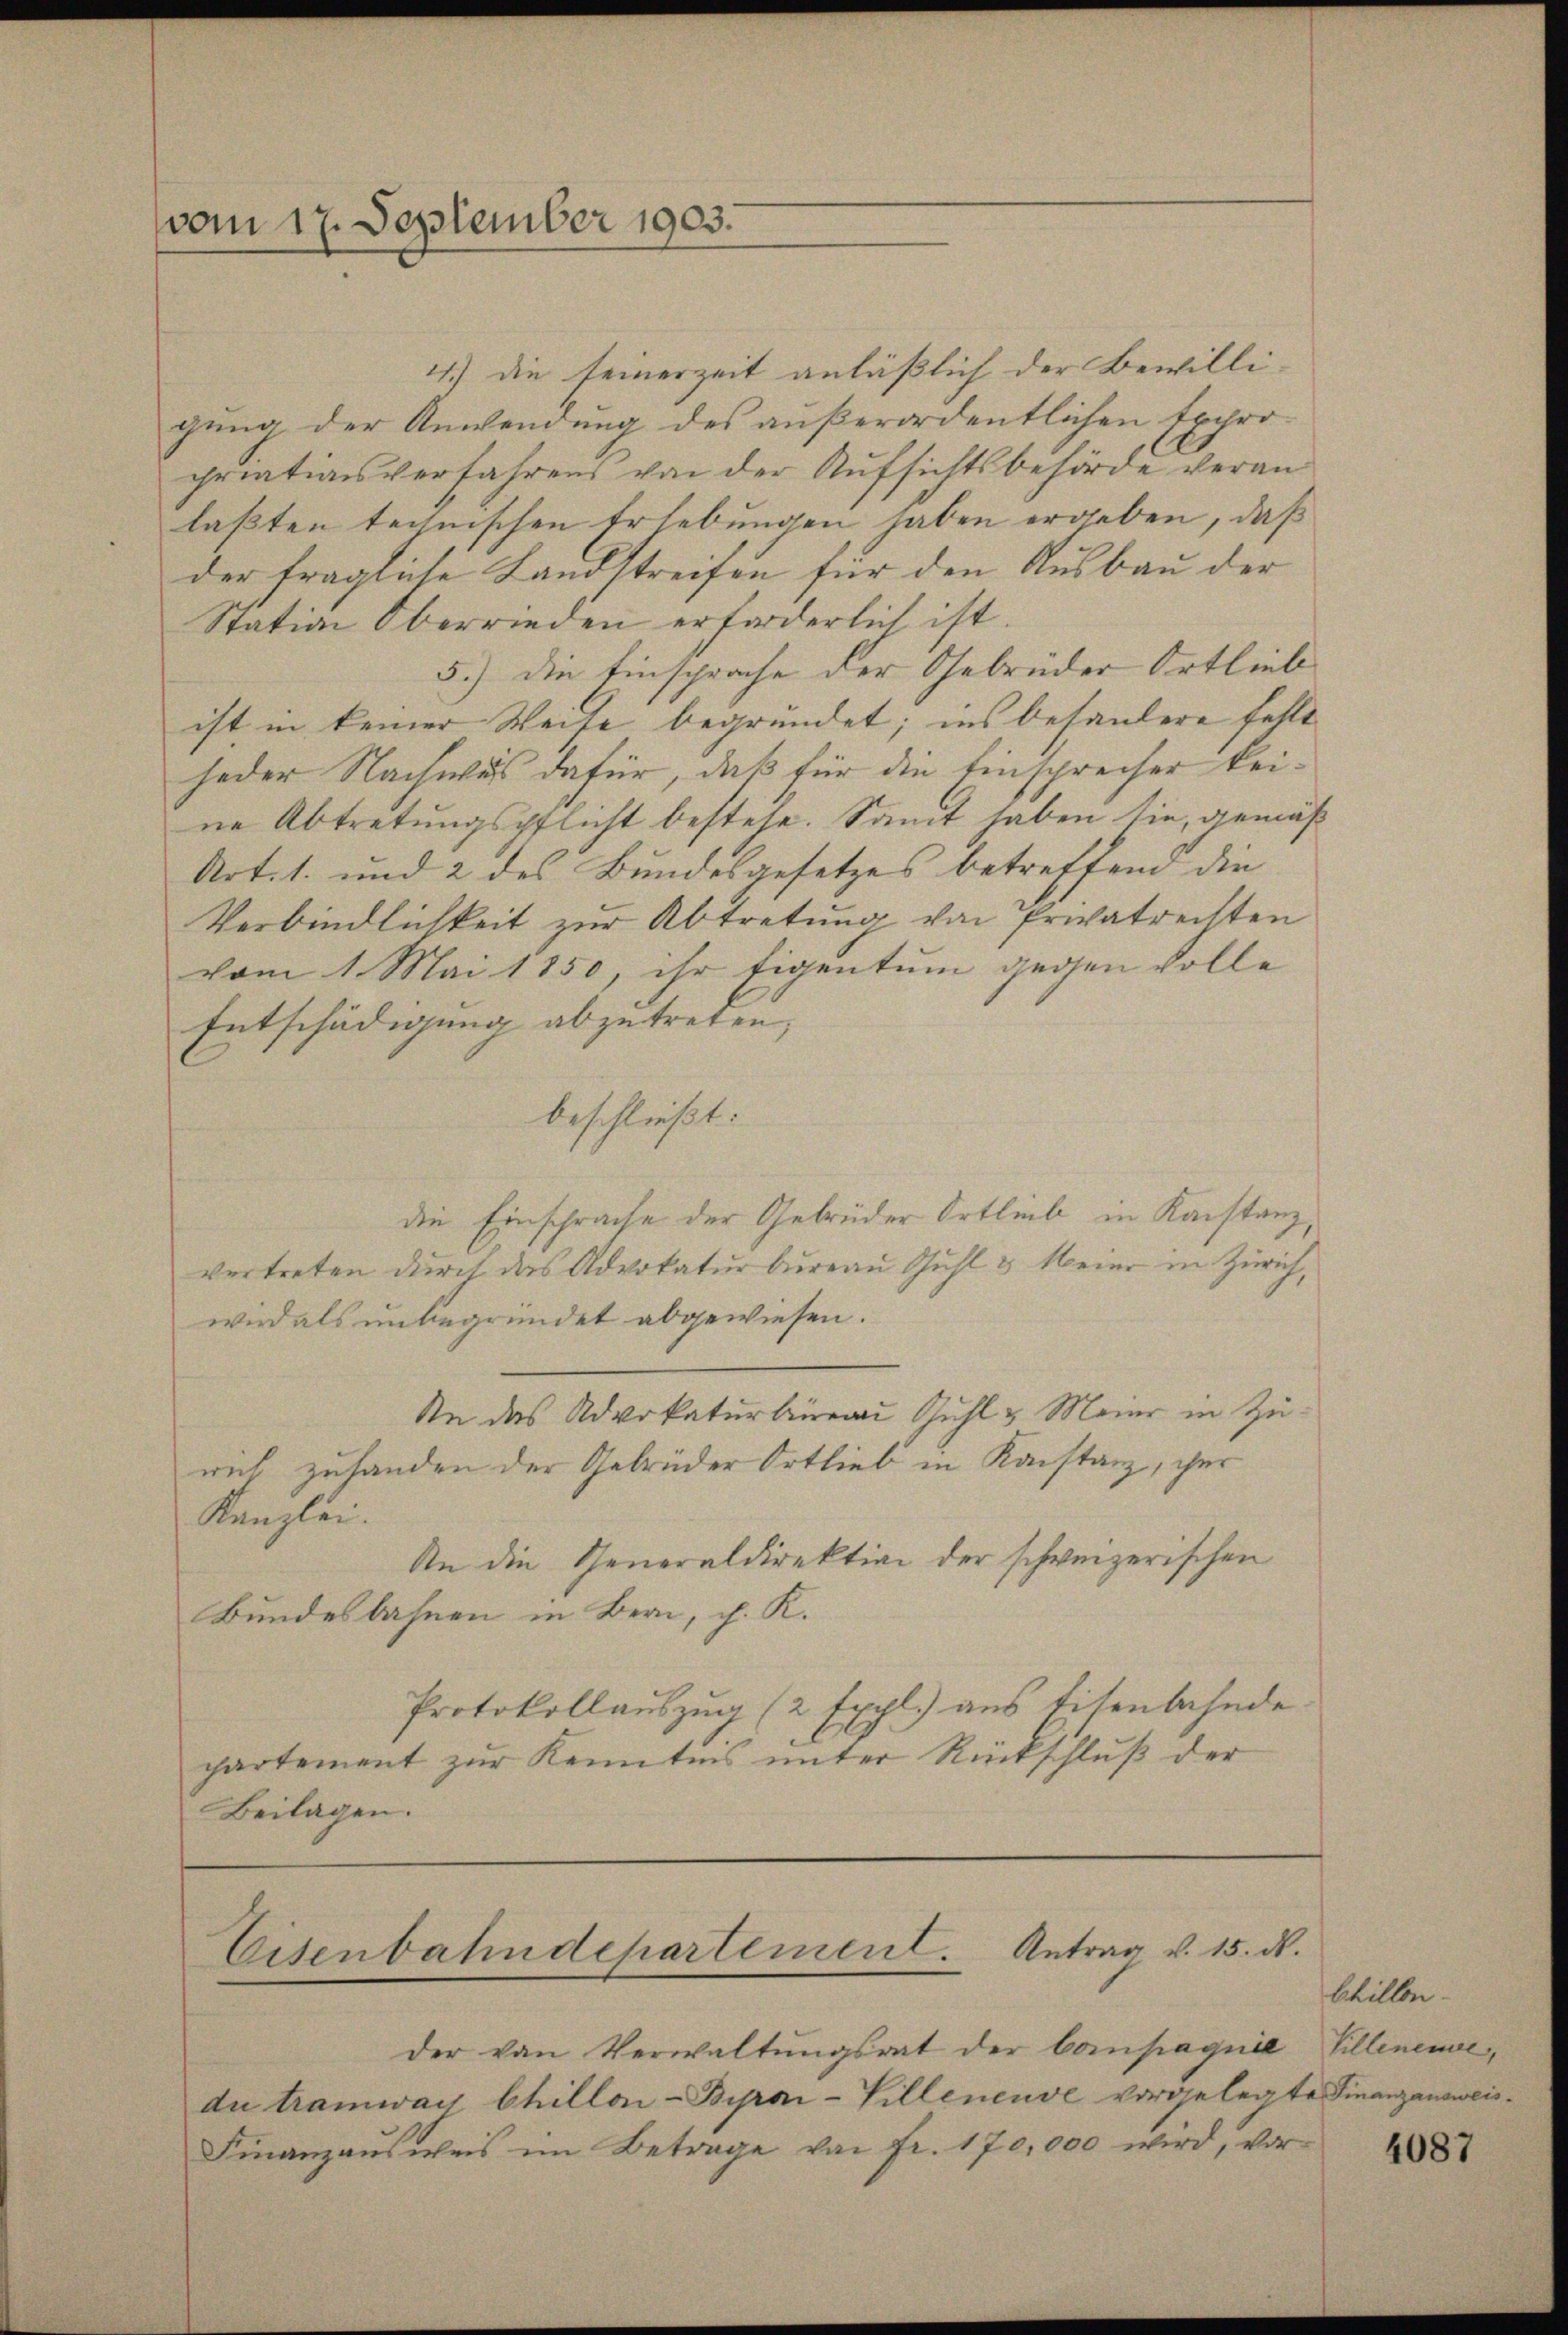
vom 17. September 1903.

der von Verwaltŭngsrat der Compagnie Willeneuve,
du tramway Chillon-Bipai-Villeneuve vorgelegte Finanzausweis¬
Finanzaŭsweis im Betrage von fr. 170,000 wird, vor 1881

4.) die seinerzeit anläßlich der Bewilligung der Anwendung des außerordentlichen Expro-
priationsverfahrens von der Aufsichtsbehörde veranlaßten technischen Erhebungen haben ergeben, daß
der fragliche Landstreifen für den Ausbau der
Station Oberrieden erforderlich ist.
5.) Die Einsprache der Gebrüder Ortlieb
ist in keiner Weise begründet; ins besändere fehlt
jeder Nachwas dafür, daß für die Einsprecher keine Abtretungspflicht bestehe. Sanit haben sie, gemä¬
Art. 1. und 2 des Bundesgesetzes betreffend die
Verbindlichkeit zur Abtretung von Privatrechten
vom 1. Mai 1850, ihr Eigentum gegen volle
Entschädigung abzutreten,
beschließt:
die Einsprache der Gebrüder Ortlieb in Konstanz,
vertreten durch das Advokaturbureau Guhl & Meier in Zürich,
wird als unbegründet abgewiesen.
Sn das Advokaturberau Guhl & Meier in Zurich zuhanden der Gebrüder Ortlieb in Konstanz, her
Kanzlei.
An die Generaldirektion der schweizerischen
Bundesbahnen in Bern, c. K.
Protokollauszug (2 Excl) aus Eisenbahnde
partement zur Kenntnis unter Rückschluß der
Beilagen.

Eisenbahndepartement. Antrag v. 15. d.

s

Chillen.